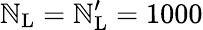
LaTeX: \mathbb{N}_{\mathrm{{L}}}=\mathbb{N}_{\mathrm{{L}}}^{\prime}=1000